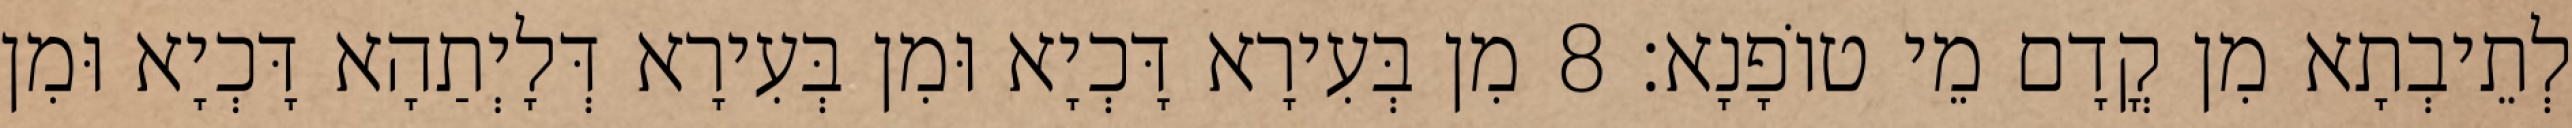
לְתֵיבְתָא מִן קֳדָם מֵי טוֹפָנָא׃ 8 מִן בְּעִירָא דָּכְיָא וּמִן בְּעִירָא דְּלָיְתַהָא דָּכְיָא וּמִן